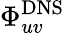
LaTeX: \Phi_{uv}^{\mathrm{DNS}}